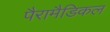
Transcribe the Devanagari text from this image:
पैरामैडिकल